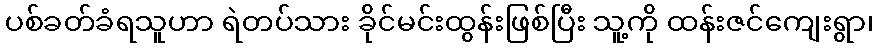
ပစ်ခတ်ခံရသူဟာ ရဲတပ်သား ခိုင်မင်းထွန်းဖြစ်ပြီး သူ့ကို ထန်းဇင်ကျေးရွာ၊